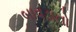
બાવડાનો